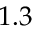
1 . 3